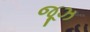
જૂઝ